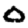
Digit: 0